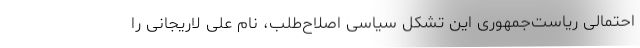
احتمالی ریاست‌جمهوری این تشکل سیاسی اصلاح‌طلب، نام علی لاریجانی را